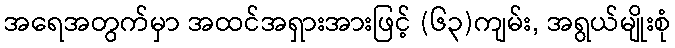
အရေအတွက်မှာ အထင်အရှားအားဖြင့် (၆၃)ကျမ်း, အရွယ်မျိုးစုံ